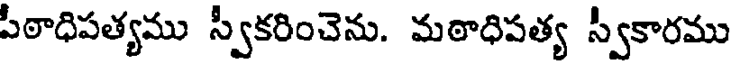
పీఠాధిపత్యము స్వీకరించెను. మఠాధిపత్య స్వీకారము